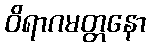
ဝိရာဂမတ္တနော